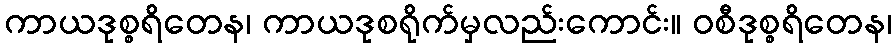
ကာယဒုစ္စရိတေန၊ ကာယဒုစရိုက်မှလည်းကောင်း။ ဝစီဒုစ္စရိတေန၊